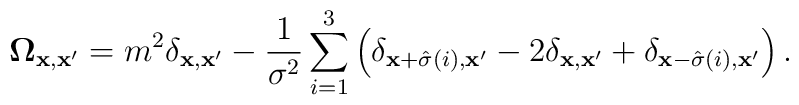
{\bf \Omega}_{{\bf x},{\bf x'}}=m^2\delta_{{\bf x},{\bf x'}}-{1 \over \sigma^2}\sum^{3}_{i=1}\left(\delta_{{\bf x}+\hat{\sigma}\left(i\right),{\bf x'}}-2\delta_{{\bf x},{\bf x'}}+\delta_{{\bf x}-\hat{\sigma}\left(i\right),{\bf x'}}\right).